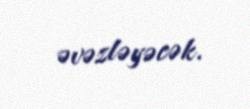
əvəzləyəcək.